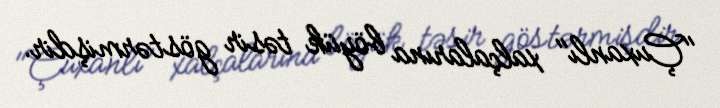
"Çuxanlı" xalçalarına böyük təsir göstərmişdir.